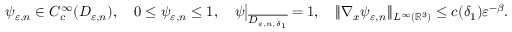
\psi _ { \varepsilon , n } \in C _ { c } ^ { \infty } ( D _ { \varepsilon , n } ) , \quad 0 \leq \psi _ { \varepsilon , n } \leq 1 , \quad \psi \big | _ { \overline { { D _ { \varepsilon , n , \delta _ { 1 } } } } } = 1 , \quad \| \nabla _ { x } \psi _ { \varepsilon , n } \| _ { L ^ { \infty } ( \mathbb { R } ^ { 3 } ) } \leq c ( \delta _ { 1 } ) \varepsilon ^ { - \beta } .